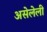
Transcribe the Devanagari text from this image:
असेलेली